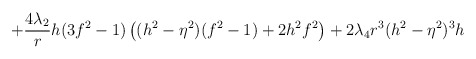
\begin{align*}+\frac{4\lambda_2}{r} h(3f^2 -1)\left( (h^2 -\eta^2)(f^2 -1) +2h^2 f^2 \right) +2\lambda_4 r^3 (h^2 -\eta^2)^3 h\end{align*}